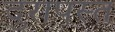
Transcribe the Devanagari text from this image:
दुरापस्त